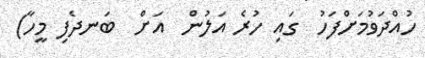
ހުއްދަވުމަށްފަހު  ގައި ހުރެ އަލުން  އަށް  ބަނދެފި މީހާ)